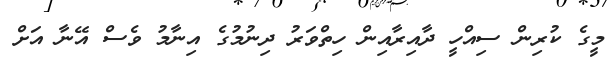
މީގެ ކުރިން ސިއްހީ ދާއިރާއިން ހިތްވަރު ދިނުމުގެ އިނާމު ވެސް އޭނާ އަށް